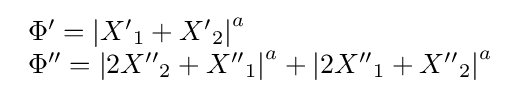
{\begin{array}{l}\Phi '={\left|{{{X'}_{1}}+{{X'}_{2}}}\right|^{a}}\\\Phi ''={\left|{2{{X''}_{2}}+{{X''}_{1}}}\right|^{a}}+{\left|{2{{X''}_{1}}+{{X''}_{2}}}\right|^{a}}\end{array}}\